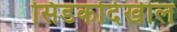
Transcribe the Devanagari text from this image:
सिडकोदेखील